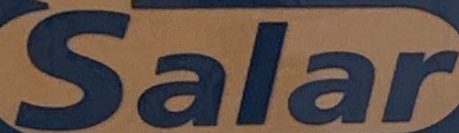
Salar